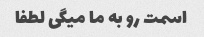
اسمت رو به ما میگی لطفا